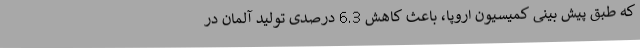
که طبق پیش بینی کمیسیون اروپا، باعث کاهش 6.3 درصدی تولید آلمان در